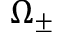
\Omega _ { \pm }